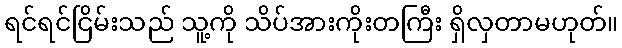
ရင်ရင်ငြိမ်းသည် သူ့ကို သိပ်အားကိုးတကြီး ရှိလှတာမဟုတ်။